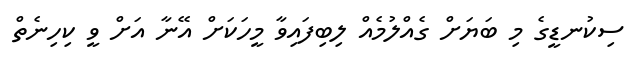
ސިކުނޑީގެ މި ބަޔަށް ގެއްލުމެއް ލިބިފައިވާ މީހަކަށް އޭނާ އަށް ވީ ކިހިނެތް